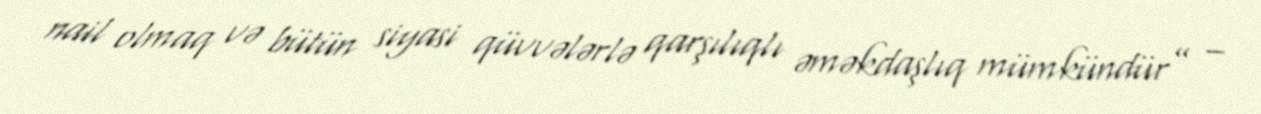
nail olmaq və bütün siyasi qüvvələrlə qarşılıqlı əməkdaşlıq mümkündür” –